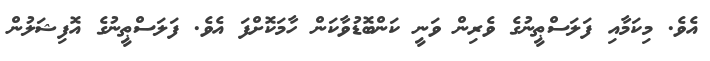
އެވެ. މިކަމާއި ފަލަސްޠީނުގެ ވެރިން ވަނީ ކަންބޮޑުވާކަން ހާމަކޮށްފަ އެވެ. ފަލަސްޠީނުގެ އޮފިޝަލުން